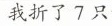
我折了7只